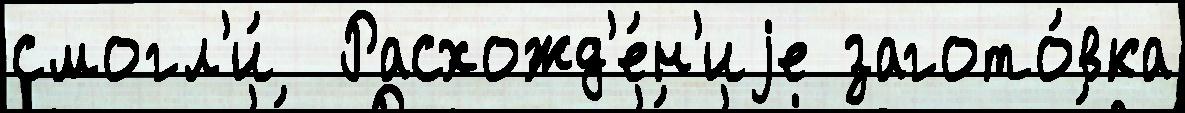
смогл'и́  Расхожд'е́н'иjе загото́вка